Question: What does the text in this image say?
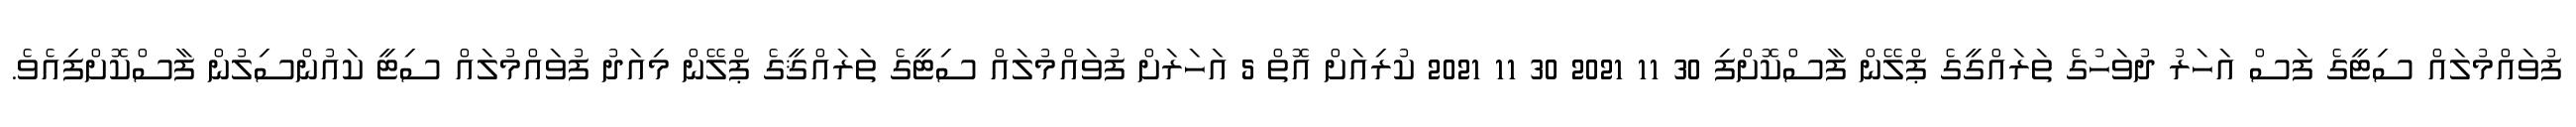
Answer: ފުވައްމުލައް ސިޓީގެ ފަސް އަހަރު ދުވަހުގެ ތަރައްގީގެ ޕްލޭން ފާސްކޮށްފި 30 11 2021 30 11 2021 ކުރިއަށް އޮތް 5 އަހަރަށް ފުވައްމުލައް ސިޓީގެ ތަރައްޤީގެ ޕްލޭން މިއަދު ފުވައްމުލައް ސިޓީ ކައުންސިލުން ފާސްކޮށްފިއެވެ.